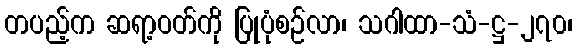
တပည့်က ဆရာ့ဝတ်ကို ပြုပုံစဉ်လာ၊ သဂါထာ-သံ-ဋ္ဌ-၂၇၀၊